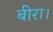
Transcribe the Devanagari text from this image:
बीरा।